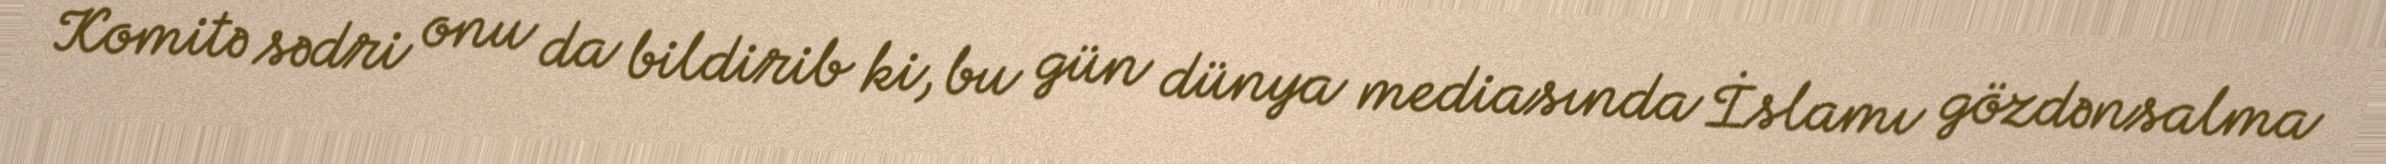
Komitə sədri onu da bildirib ki, bu gün dünya mediasında İslamı gözdənsalma